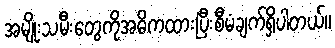
အမျိုးသမီးတွေကိုအဓိကထားပြီးစီမံချက်ရှိပါတယ်။